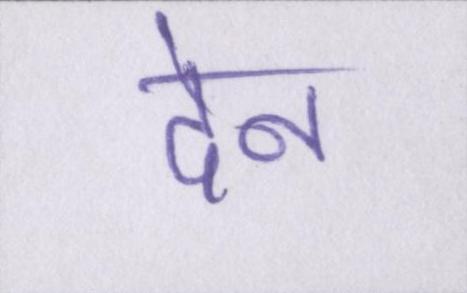
देन